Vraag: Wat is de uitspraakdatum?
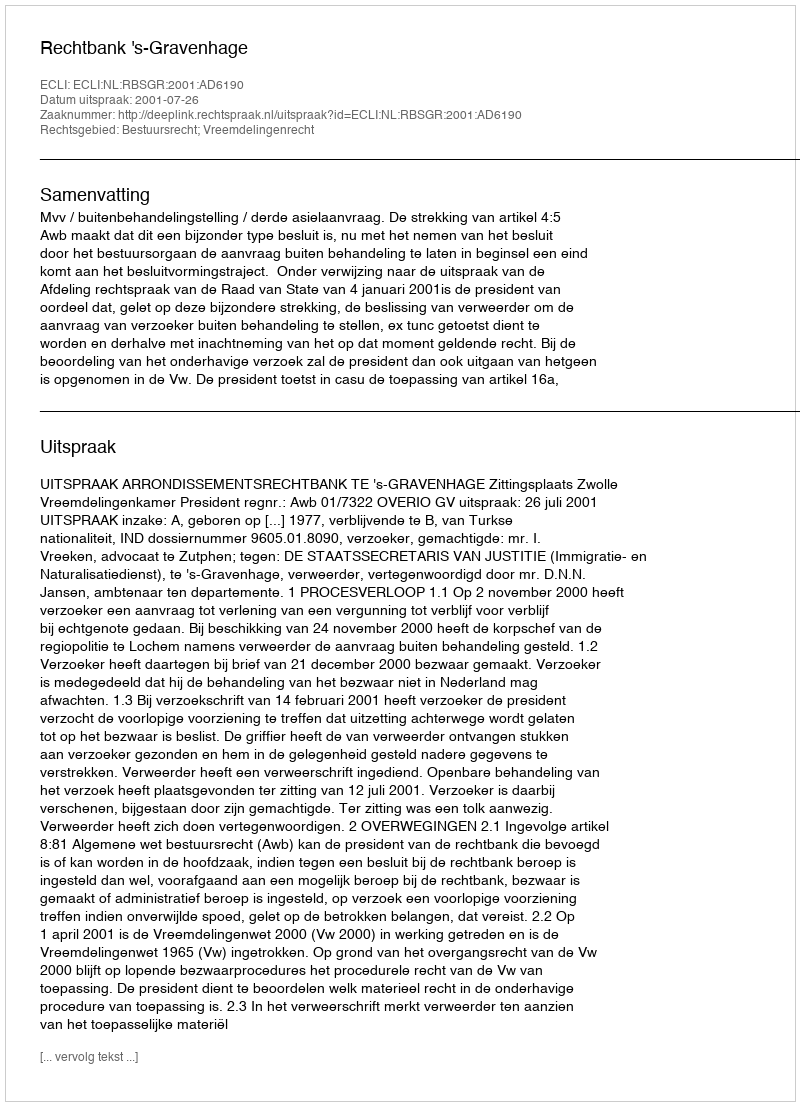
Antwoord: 2001-07-26